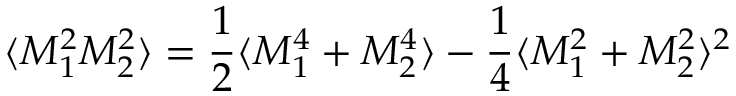
\langle M _ { 1 } ^ { 2 } M _ { 2 } ^ { 2 } \rangle = \frac { 1 } { 2 } \langle M _ { 1 } ^ { 4 } + M _ { 2 } ^ { 4 } \rangle - \frac { 1 } { 4 } \langle M _ { 1 } ^ { 2 } + M _ { 2 } ^ { 2 } \rangle ^ { 2 }